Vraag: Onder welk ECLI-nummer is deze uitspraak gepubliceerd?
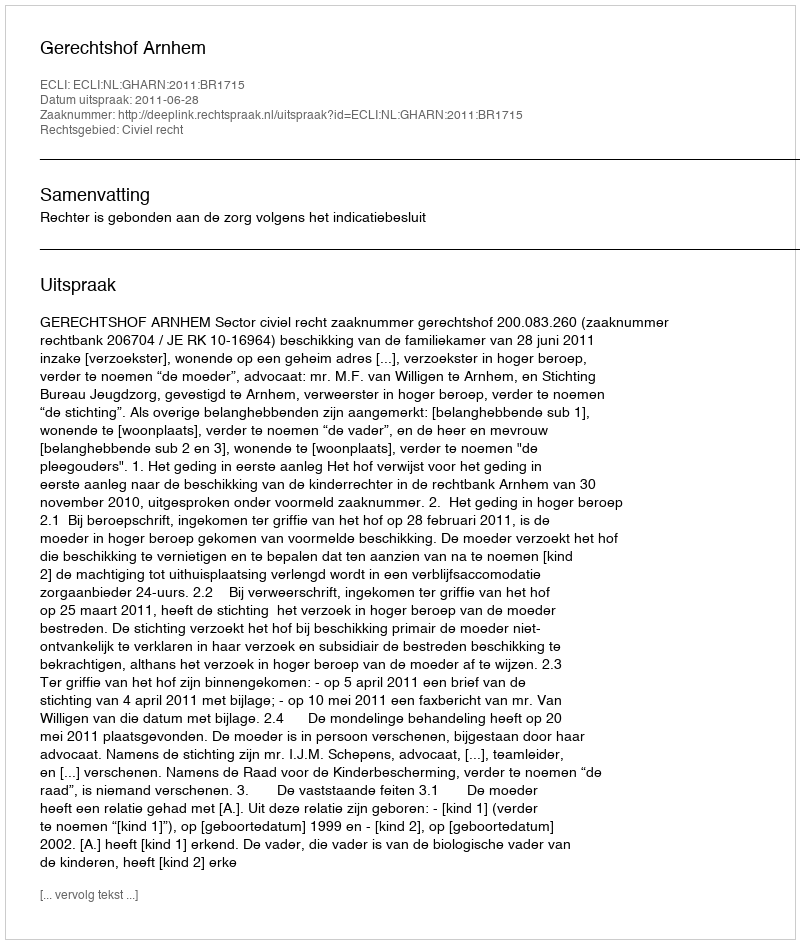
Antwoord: ECLI:NL:GHARN:2011:BR1715